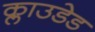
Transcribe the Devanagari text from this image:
क्लाउडेड